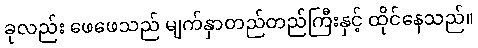
ခုလည်း ဖေဖေသည် မျက်နှာတည်တည်ကြီးနှင့် ထိုင်နေသည်။